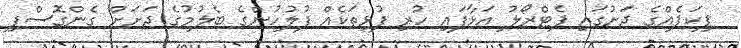
ޕިކަޕެއްގެ ދަށުގައި ޕެޓްރޯލު އަޅާފައި ހުރި ފުޅިތަކެއް ފުލުހުންގެ ބެލުމުގެ ދަށަށް ގެންގޮސްފި